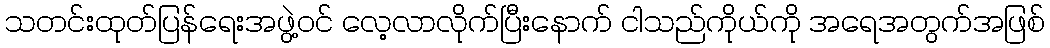
သတင်းထုတ်ပြန်ရေးအဖွဲ့ဝင် လေ့လာလိုက်ပြီးနောက် ငါသည်ကိုယ်ကို အရေအတွက်အဖြစ်